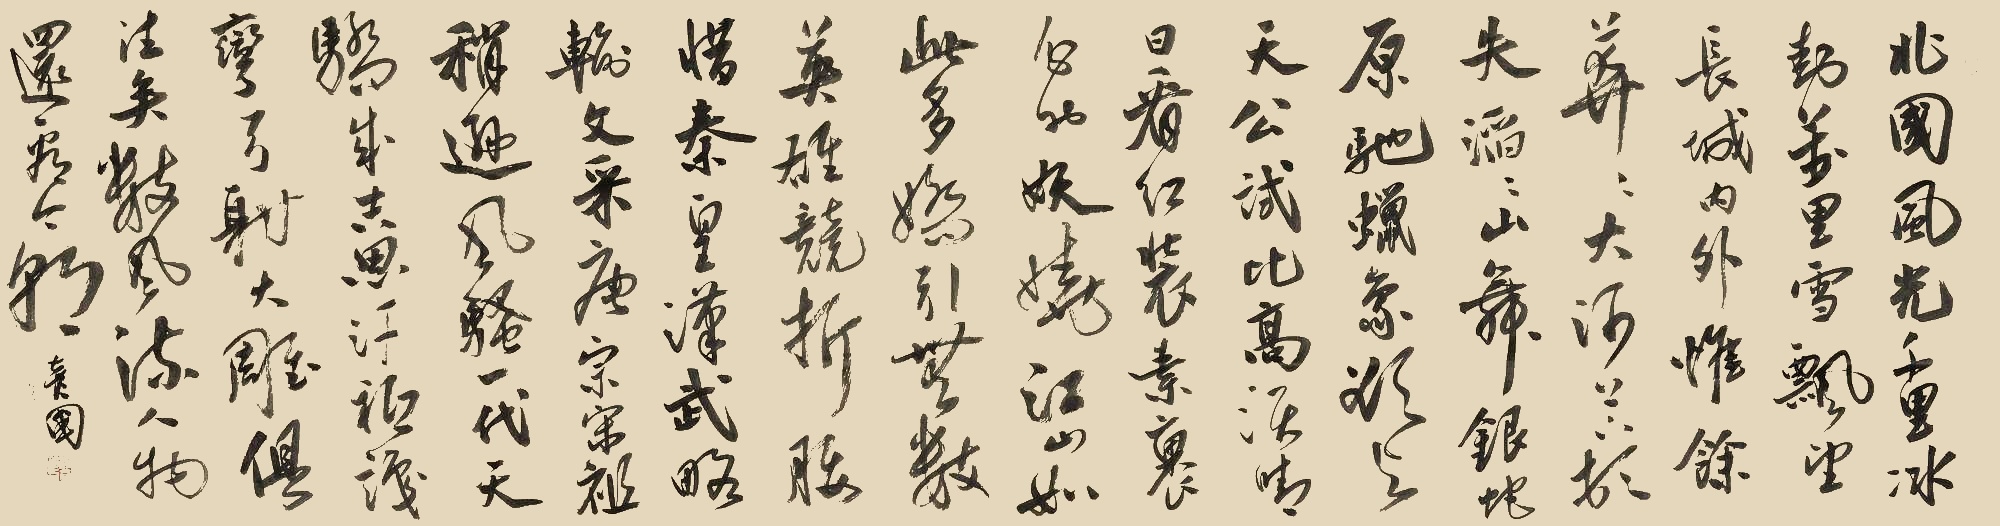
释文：北国风光，千里冰封，万里雪飘。望长城内外，惟余莽莽；大河上下，顿失滔滔。山川壮丽，气象万千。欲与天公试比高。须晴日，看红装素裹，分外妖娆。江山如此多娇，引无数英雄竞折腰。惜秦皇汉武，略输文采；唐宗宋祖，稍逊风骚。一代天骄，成吉思汗，只识弯弓射大雕。俱往矣，数风流人物，还看今朝。彦国。